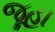
જૂહા